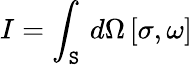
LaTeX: I=\int_{\mathtt{S}}\, d\Omega\, [\sigma,\omega]